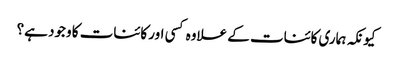
کیونکہ ہماری کائنات کے علاوہ کسی اور کائنات کا وجود ہے؟